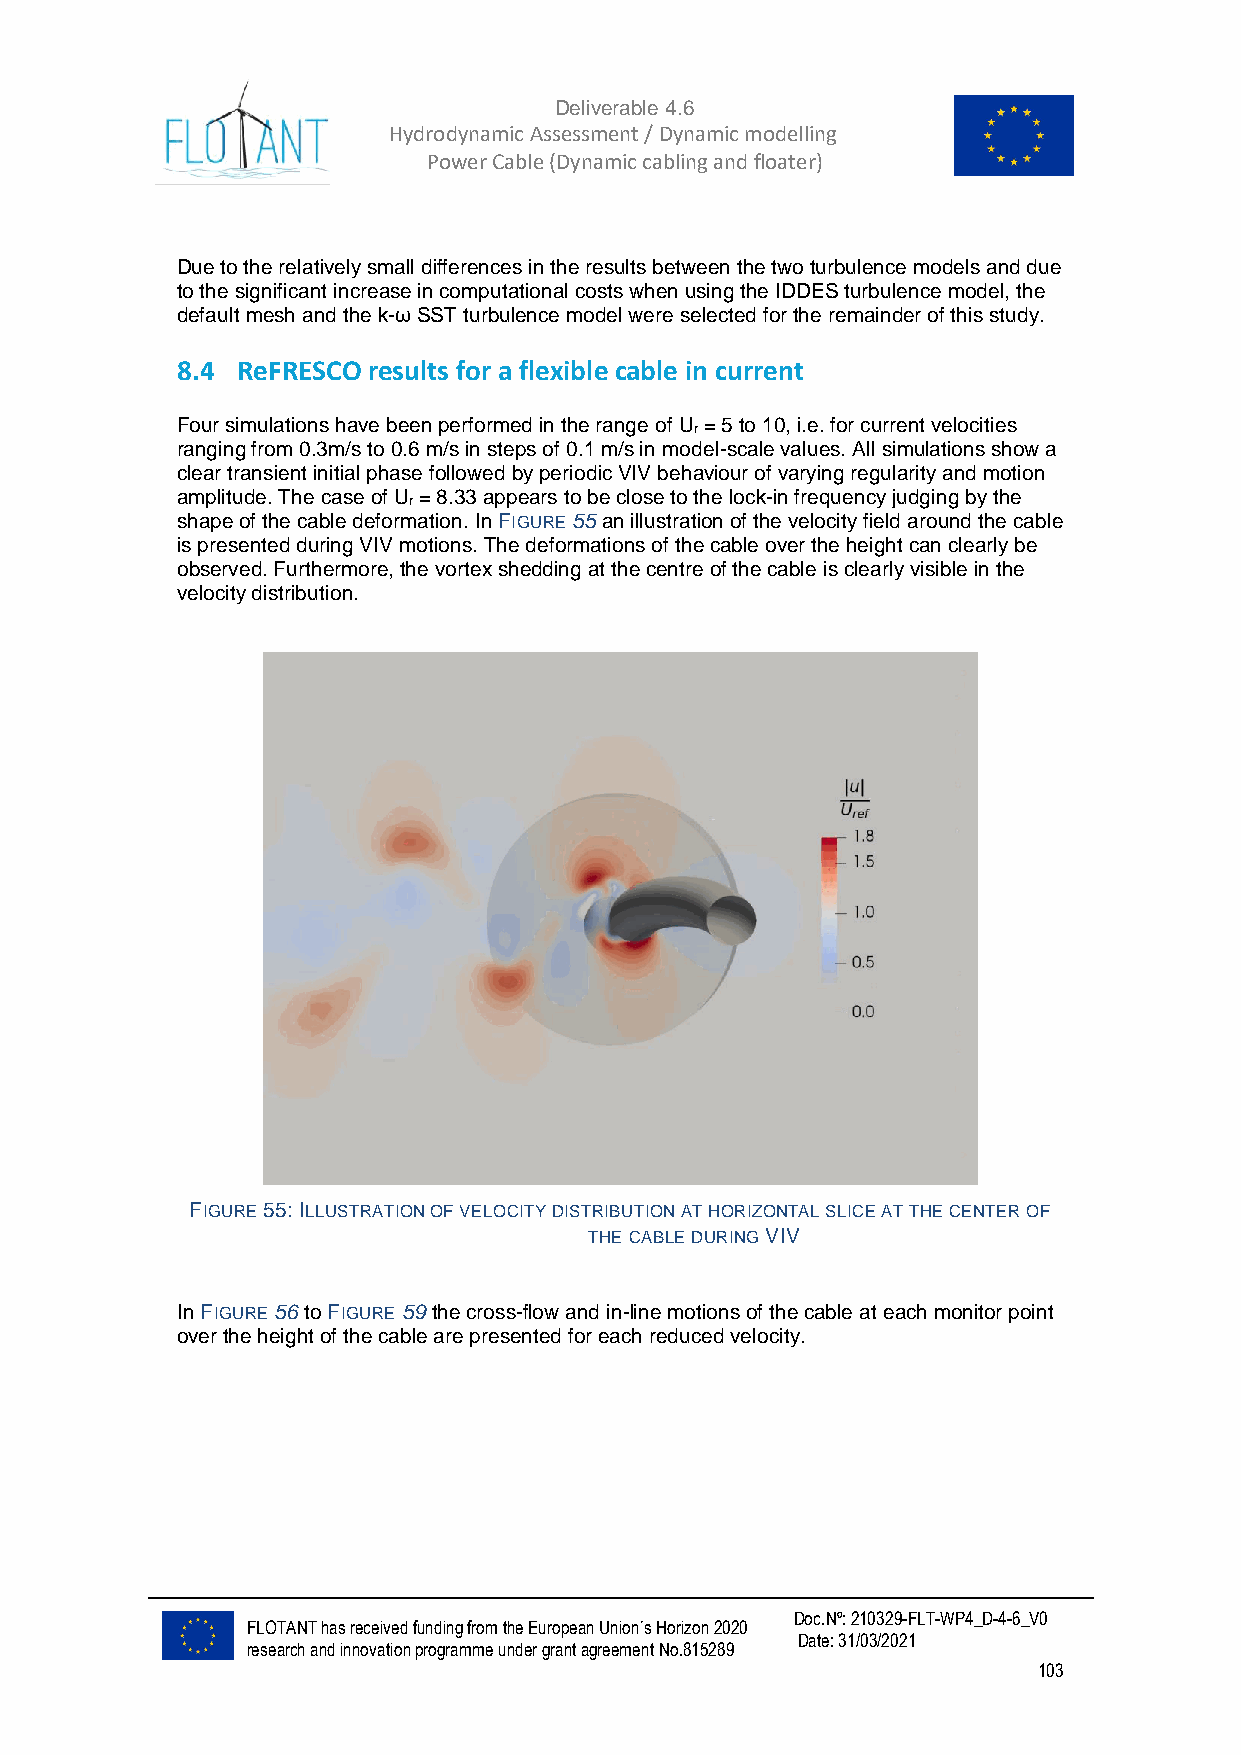
Deliverable 4.6
 Hydrodynamic Assessment / Dynamic modelling of
 Power Cable (Dynamic cabling and floater)
 Due to the relatively small differences in the results between the two turbulence models and due
 to the significant increase in computational costs when using the IDDES turbulence model, the
 default mesh and the k-ω SST turbulence model were selected for the remainder of this study.
 8.4 ReFRESCO results for a flexible cable in current
 Four simulations have been performed in the range of U = 5 to 10, i.e. for current velocities
 r
 ranging from 0.3m/s to 0.6 m/s in steps of 0.1 m/s in model-scale values. All simulations show a
 clear transient initial phase followed by periodic VIV behaviour of varying regularity and motion
 amplitude. The case of U = 8.33 appears to be close to the lock-in frequency judging by the
 r
 shape of the cable deformation. In FIGURE 55 an illustration of the velocity field around the cable
 is presented during VIV motions. The deformations of the cable over the height can clearly be
 observed. Furthermore, the vortex shedding at the centre of the cable is clearly visible in the
 velocity distribution.
 FIGURE 55: ILLUSTRATION OF VELOCITY DISTRIBUTION AT HORIZONTAL SLICE AT THE CENTER OF
 THE CABLE DURING VIV
 In FIGURE 56 to FIGURE 59 the cross-flow and in-line motions of the cable at each monitor point
 over the height of the cable are presented for each reduced velocity.
 Doc.Nº: 210329-FLT-WP4_D-4-6_V0
 FLOTANT has received funding from the European Union´s Horizon 2020
 Date: 31/03/2021
 research and innovation programme under grant agreement No.815289
 103